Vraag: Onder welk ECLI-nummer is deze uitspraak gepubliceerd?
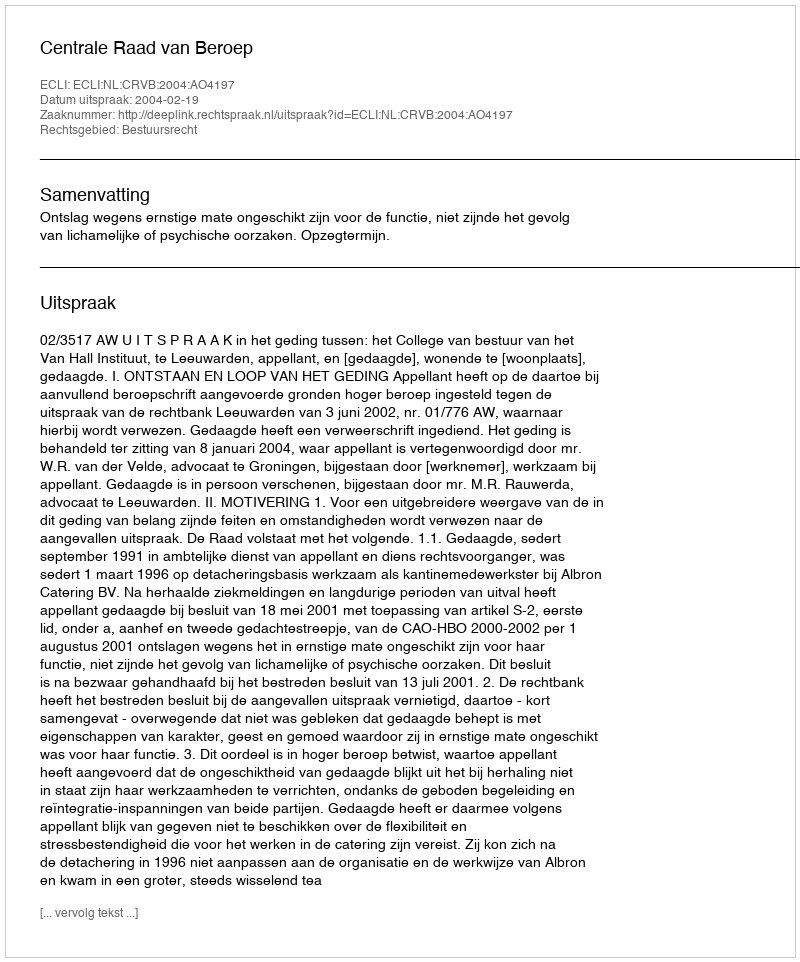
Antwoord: ECLI:NL:CRVB:2004:AO4197